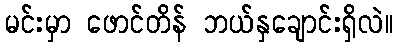
မင်းမှာ ဖောင်တိန် ဘယ်နှချောင်းရှိလဲ။